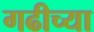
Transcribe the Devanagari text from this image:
गढीच्या